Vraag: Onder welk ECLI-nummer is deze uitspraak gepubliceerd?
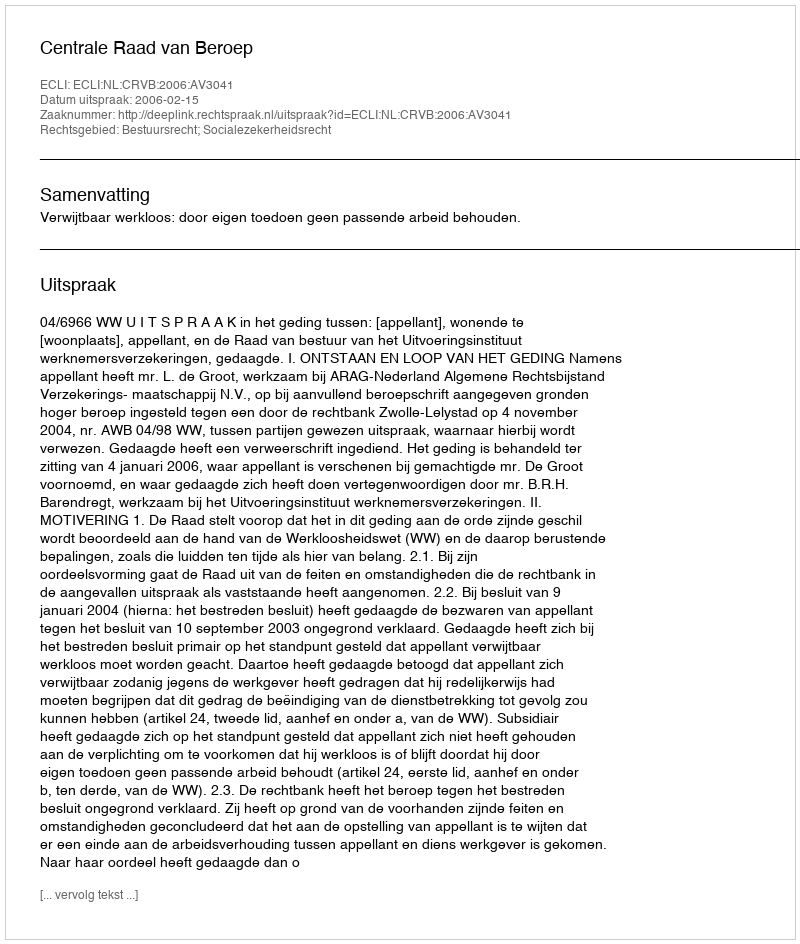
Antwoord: ECLI:NL:CRVB:2006:AV3041